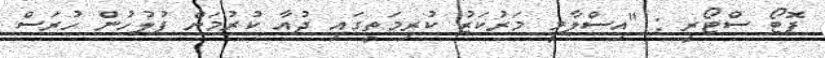
ފޮޓޯ ސްޓޯރީ : "އިސްލާމީ މަރުކަޒު ކުރިމަތީގައި ދުއާ ކުރުމަށް ފުލުހުން ހުރަސް